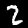
Digit: 2